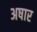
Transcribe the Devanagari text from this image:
अषार